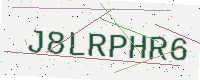
Text: J8LRPHR6